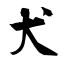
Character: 犬